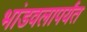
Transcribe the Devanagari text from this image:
भांडवलापर्यंत